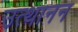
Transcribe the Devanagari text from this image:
उत्थानन